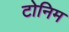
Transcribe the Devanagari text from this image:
टोनिम